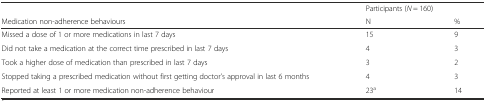
<table><thead><tr><td></td><td colspan="2"><b>Participants (<i>N</i> = 160)</b></td></tr><tr><td><b>Medication non-adherence behaviours</b></td><td><b>N</b></td><td><b>%</b></td></tr></thead><tbody><tr><td>Missed a dose of 1 or more medications in last 7 days</td><td>15</td><td>9</td></tr><tr><td>Did not take a medication at the correct time prescribed in last 7 days</td><td>4</td><td>3</td></tr><tr><td>Took a higher dose of medication than prescribed in last 7 days</td><td>3</td><td>2</td></tr><tr><td>Stopped taking a prescribed medication without first getting doctor’s approval in last 6 months</td><td>4</td><td>3</td></tr><tr><td>Reported at least 1 or more medication non-adherence behaviour</td><td>23<sup>a</sup></td><td>14</td></tr></tbody></table>